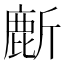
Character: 𬸻